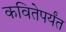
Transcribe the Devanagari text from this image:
कवितेपर्यंत